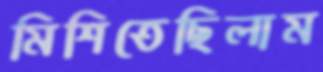
মিশিতেছিলাম